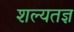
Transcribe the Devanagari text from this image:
शल्यतज्ञ